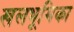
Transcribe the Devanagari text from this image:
खलभूमिका